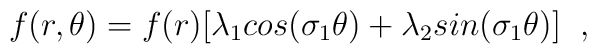
f(r,\theta)=       f(r)[\lambda_{1}cos(\sigma_{1}\theta)                       +\lambda_{2}sin(\sigma_{1}\theta)] \;\;,